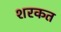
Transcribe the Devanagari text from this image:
शरकत